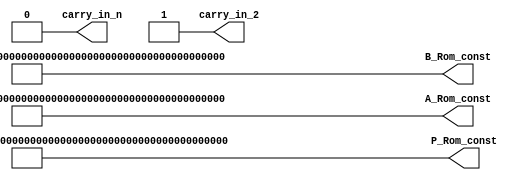
module P_Rom (
				output signed [255:0]P_Rom_const,
				output signed [255:0]B_Rom_const,
				output signed [255:0]A_Rom_const,
				output carry_in_n,
				output carry_in_2
);

assign A_Rom_const = 256'h79be667ef9dcbbac55a06295ce870b07029bfcdb2dce28d959f2815b16f81798;
assign P_Rom_const = 256'hfffffffffffffffffffffffffffffffffffffffffffffffffffffffefffffc2f;
assign B_Rom_const = 256'h483ada7726a3c4655da4fbfc0e1108a8fd17b448a68554199c47d08ffb10d4b8;
assign carry_in_n = 1'b0;
assign carry_in_2 = 1'b1;

endmodule